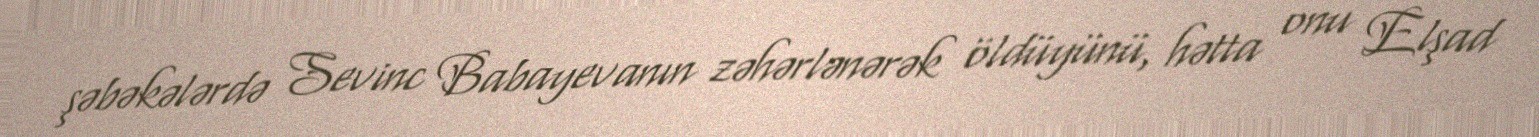
şəbəkələrdə Sevinc Babayevanın zəhərlənərək öldüyünü, hətta onu Elşad